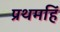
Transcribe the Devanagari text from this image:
प्रथमहिं